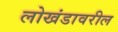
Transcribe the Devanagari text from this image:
लोखंडावरील